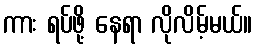
ကား ရပ်ဖို့ နေရာ လိုလိမ့်မယ်။